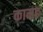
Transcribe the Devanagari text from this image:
कामङ